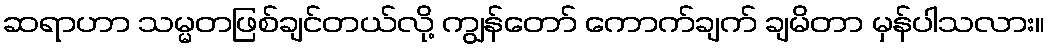
ဆရာဟာ သမ္မတဖြစ်ချင်တယ်လို့ ကျွန်တော် ကောက်ချက် ချမိတာ မှန်ပါသလား။